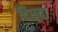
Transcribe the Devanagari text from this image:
दिघवा